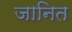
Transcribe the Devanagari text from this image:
जानित